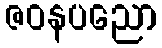
ဇဝနပညော